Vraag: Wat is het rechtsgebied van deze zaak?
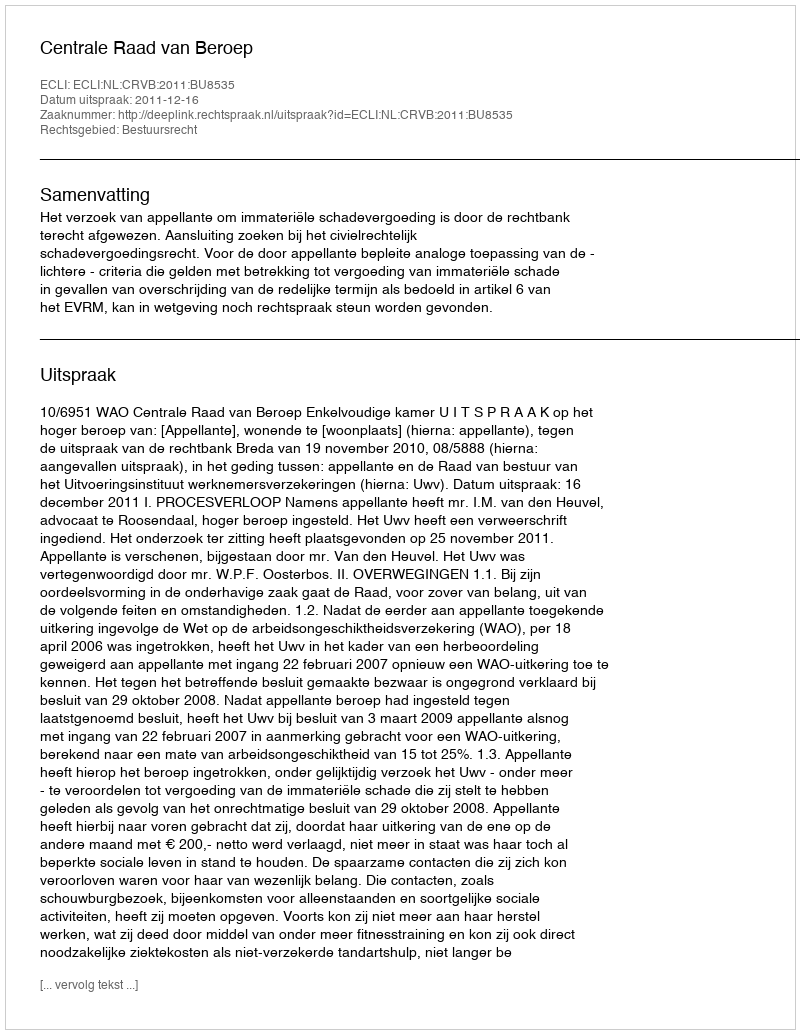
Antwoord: Bestuursrecht